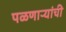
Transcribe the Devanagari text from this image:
पळणाऱ्यांची